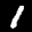
Label: 1